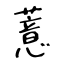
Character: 薏